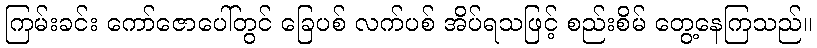
ကြမ်းခင်း ကော်ဇောပေါ်တွင် ခြေပစ် လက်ပစ် အိပ်ရသဖြင့် စည်းစိမ် တွေ့နေကြသည်။